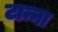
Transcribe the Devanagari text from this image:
टान्ना